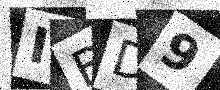
Text: IBD9